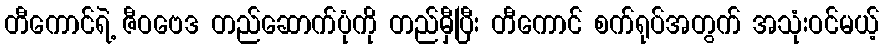
တီကောင်ရဲ့ ဇီဝဗေဒ တည်ဆောက်ပုံကို တည်မှီပြီး တီကောင် စက်ရုပ်အတွက် အသုံးဝင်မယ့်